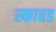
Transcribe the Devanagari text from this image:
स्कावड